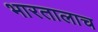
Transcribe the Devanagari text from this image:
भारतालाच